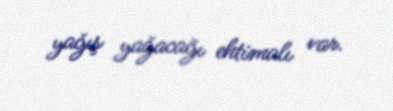
yağış yağacağı ehtimalı var.